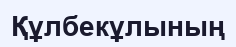
Құлбекұлының